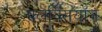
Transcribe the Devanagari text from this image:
फ्लक्सियॉन